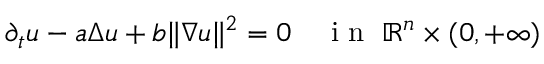
\begin{array} { r } { \partial _ { t } u - a \Delta u + b \| \nabla u \| ^ { 2 } = 0 \quad \mathrm { ~ i ~ n ~ } \; \mathbb { R } ^ { n } \times ( 0 , + \infty ) } \end{array}